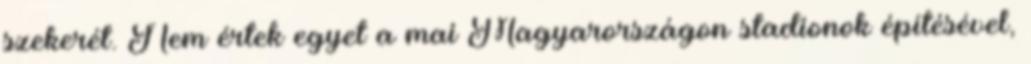
szekerét. Nem értek egyet a mai Magyarországon stadionok építésével,